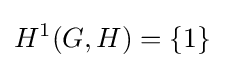
H^{1}(G,H)=\{1\}